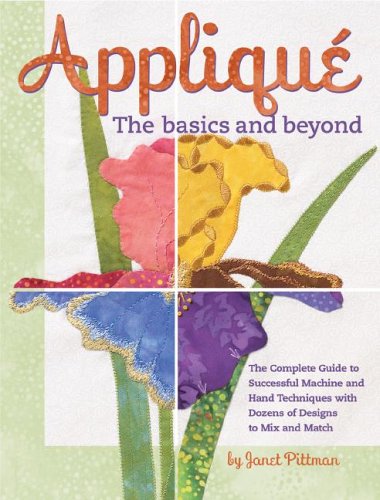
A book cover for Applique the Basics and Beyond: The Complete Guide to Successful Machine and Hand Techniques with Dozens of Designs to Mix and Match; Janet Pittman; Crafts, Hobbies & Home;